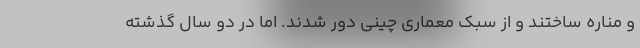
و مناره ساختند و از سبک معماری چینی دور شدند. اما در دو سال گذشته